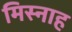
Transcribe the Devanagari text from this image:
मिस्नाह